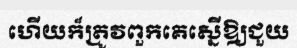
ហើយក៏ត្រូវពួកគេស្នើឱ្យជួយ